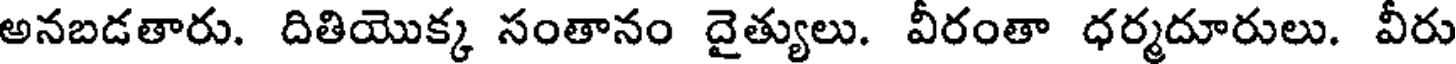
అనబడతారు. దితియొక్క సంతానం దైత్యులు. వీరంతా ధర్మదూరులు. వీరు